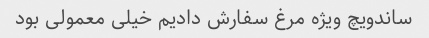
ساندویچ ویژه مرغ سفارش دادیم خیلی معمولی بود